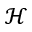
\mathcal { H }